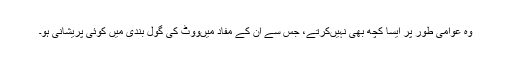
وہ عوامی طور پر ایسا کچھ بھی نہیںکرتے، جس سے ان کے مفاد میںووٹ کی گول بندی میں کوئی پریشانی ہو۔